Annual report of the Punjab Veterinary College and of the Civil Veterinary Department, Punjab - 1926-1932
Year: 1926
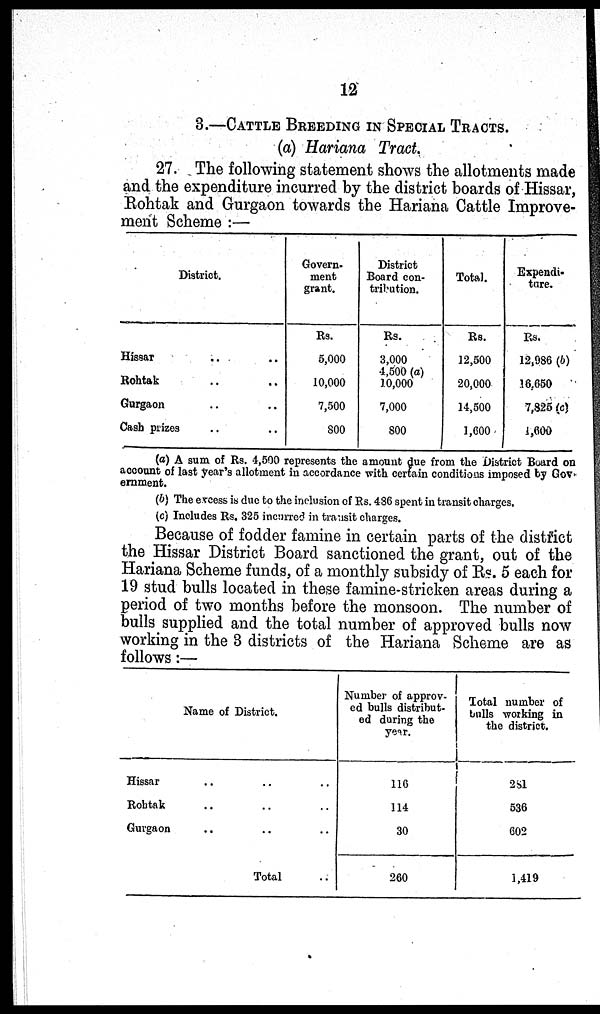
12
3.—CATTLE BREEDING IN SPECIAL TRACTS.
(a) Hariana Tract.
27. The following statement shows the allotments made
and the expenditure incurred by the district boards of Hissar,
Rohtak and Gurgaon towards the Hariana Cattle Improve-
ment Scheme :—
District.
Hissar .. ..
Rohtak .. ..
Gurgaon .. ..
Cash prizes .. ..
Govern.
ment
grant.
Rs.
5,000
10,000
7,500
800
District
Board con-
tribution.
Rs.
3,000
4,500 (a)
10,000
7,000
800
Total.
Rs.
12,500
20,000
14,500
1,600
Expendi-
ture.
Rs.
12,986 (b)
16,650
7,825 (c)
1,600
(a) A sum of Rs. 4,500 represents the amount due from the District Board on
account of last year's allotment in accordance with certain conditions imposed by Gov-
ernment.
(b) The excess is due to the inclusion of Rs. 436 spent in transit charges.
(c) Includes Rs. 325 incurred in transit charges.
Because of fodder famine in certain parts of the district
the Hissar District Board sanctioned the grant, out of the
Hariana Scheme funds, of a monthly subsidy of Rs. 5 each for
19 stud bulls located in these famine-stricken areas during a
period of two months before the monsoon. The number of
bulls supplied and the total number of approved bulls now
working in the 3 districts of the Hariana Scheme are as
follows:—
Name of District.
Hissar
..
..
..
Rohtak
.. .. ..
Gurgaon
.. .. ..
Total ..
Number of approv-
ed bulls distribut-
ed during the
year.
116
114
30
260
Total number of
bulls working in
the district.
281
536
602
1,419